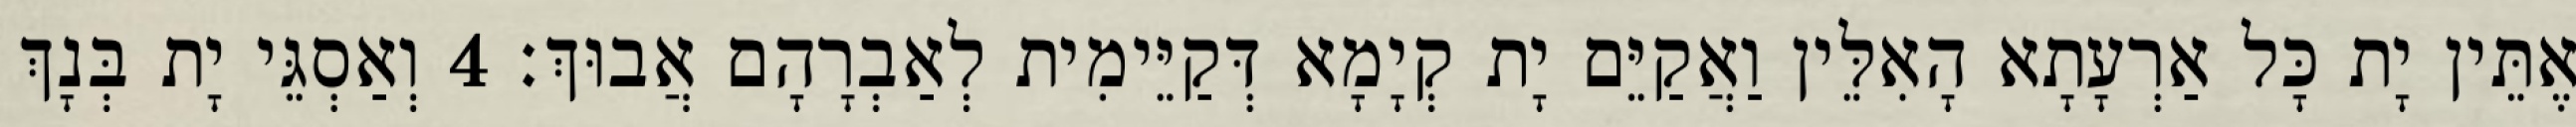
אֶתֵּין יָת כָּל אַרְעָתָא הָאִלֵּין וַאֲקַיֵּם יָת קְיָמָא דְּקַיֵּימִית לְאַבְרָהָם אֲבוּךְ׃ 4 וְאַסְגֵּי יָת בְּנָךְ